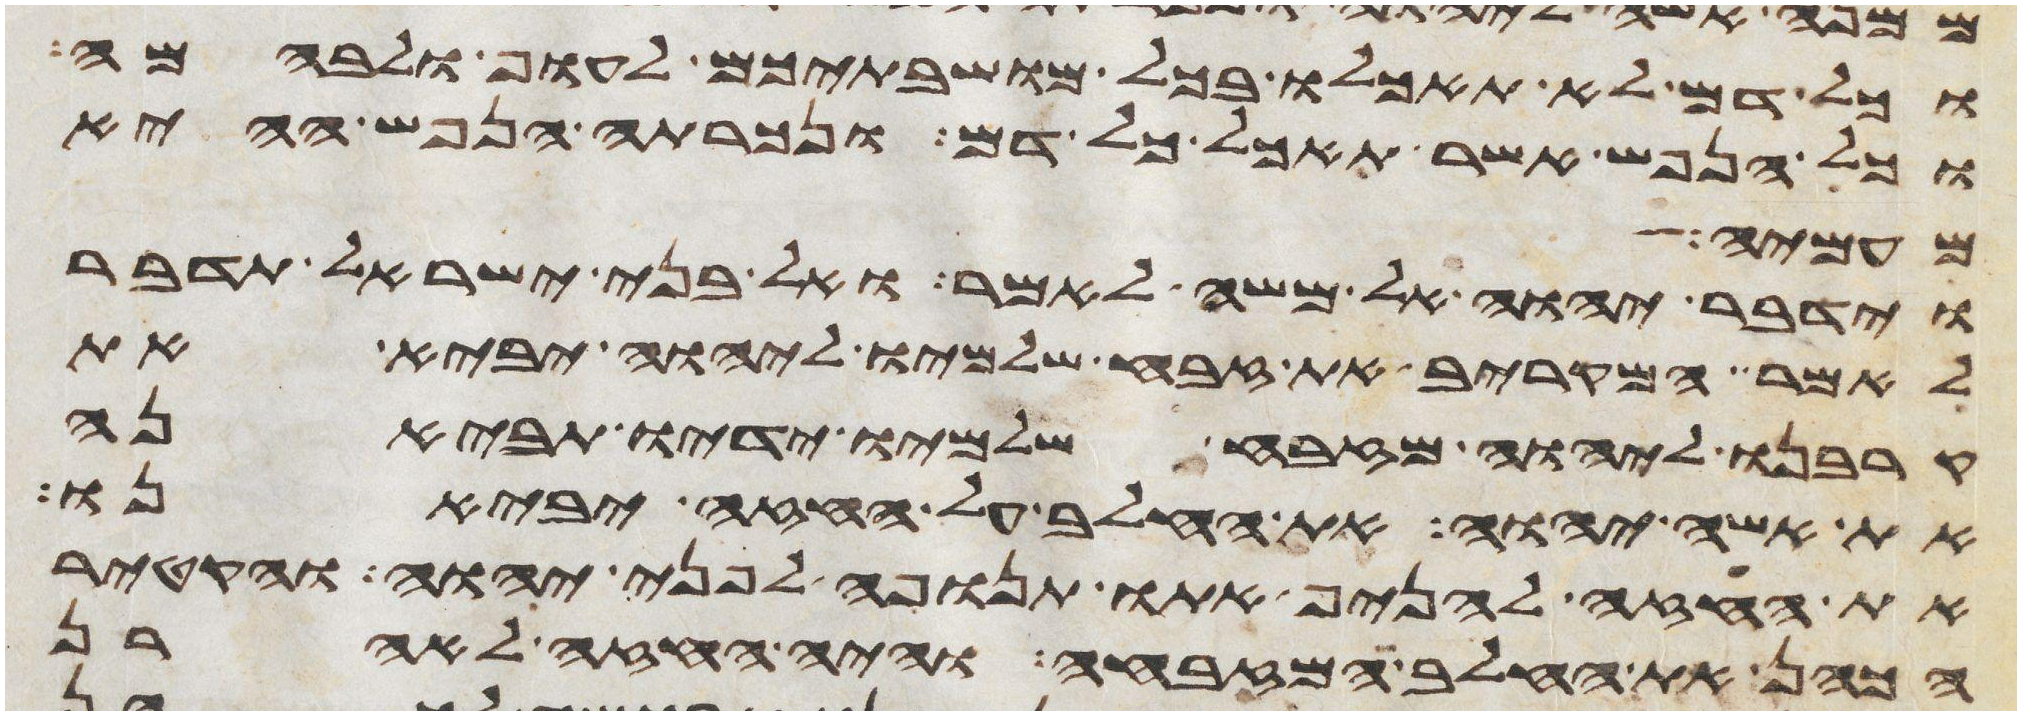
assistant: וכל דם לא תאכלו בכל מושבתיכם לעוף ולבהמה
וכל הנפש אשר תאכל כל דם ונכרתה הנפש ההיא
מעמיה
וידבר יהוה אל משה לאמר ואל בני ישראל תדבר
לאמר המקריב את זבח שלמיו ליהוה יביא את
קרבנו ליהוה מזבח שלמיו ידיו תביאנה
את אשי יהוה את החלב על החזה יביאנו
את החזה להניף אתו תנופה לפני יהוה והקטיר
הכהן את החלב המזבחה והיה החזה לאהרן